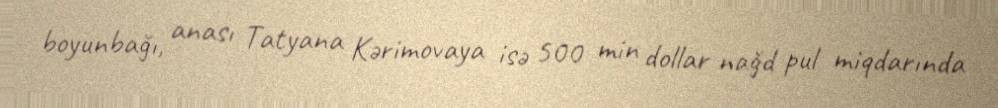
boyunbağı, anası Tatyana Kərimovaya isə 500 min dollar nağd pul miqdarında